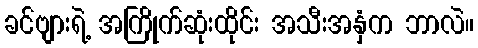
ခင်ဗျားရဲ့ အကြိုက်ဆုံးထိုင်း အသီးအနှံက ဘာလဲ။